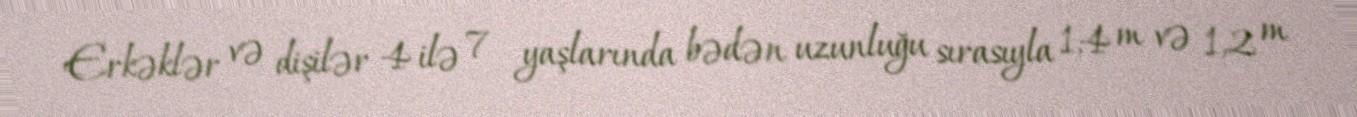
Erkəklər və dişilər 4 ilə 7 yaşlarında bədən uzunluğu sırasıyla 1,4 m və 1,2 m